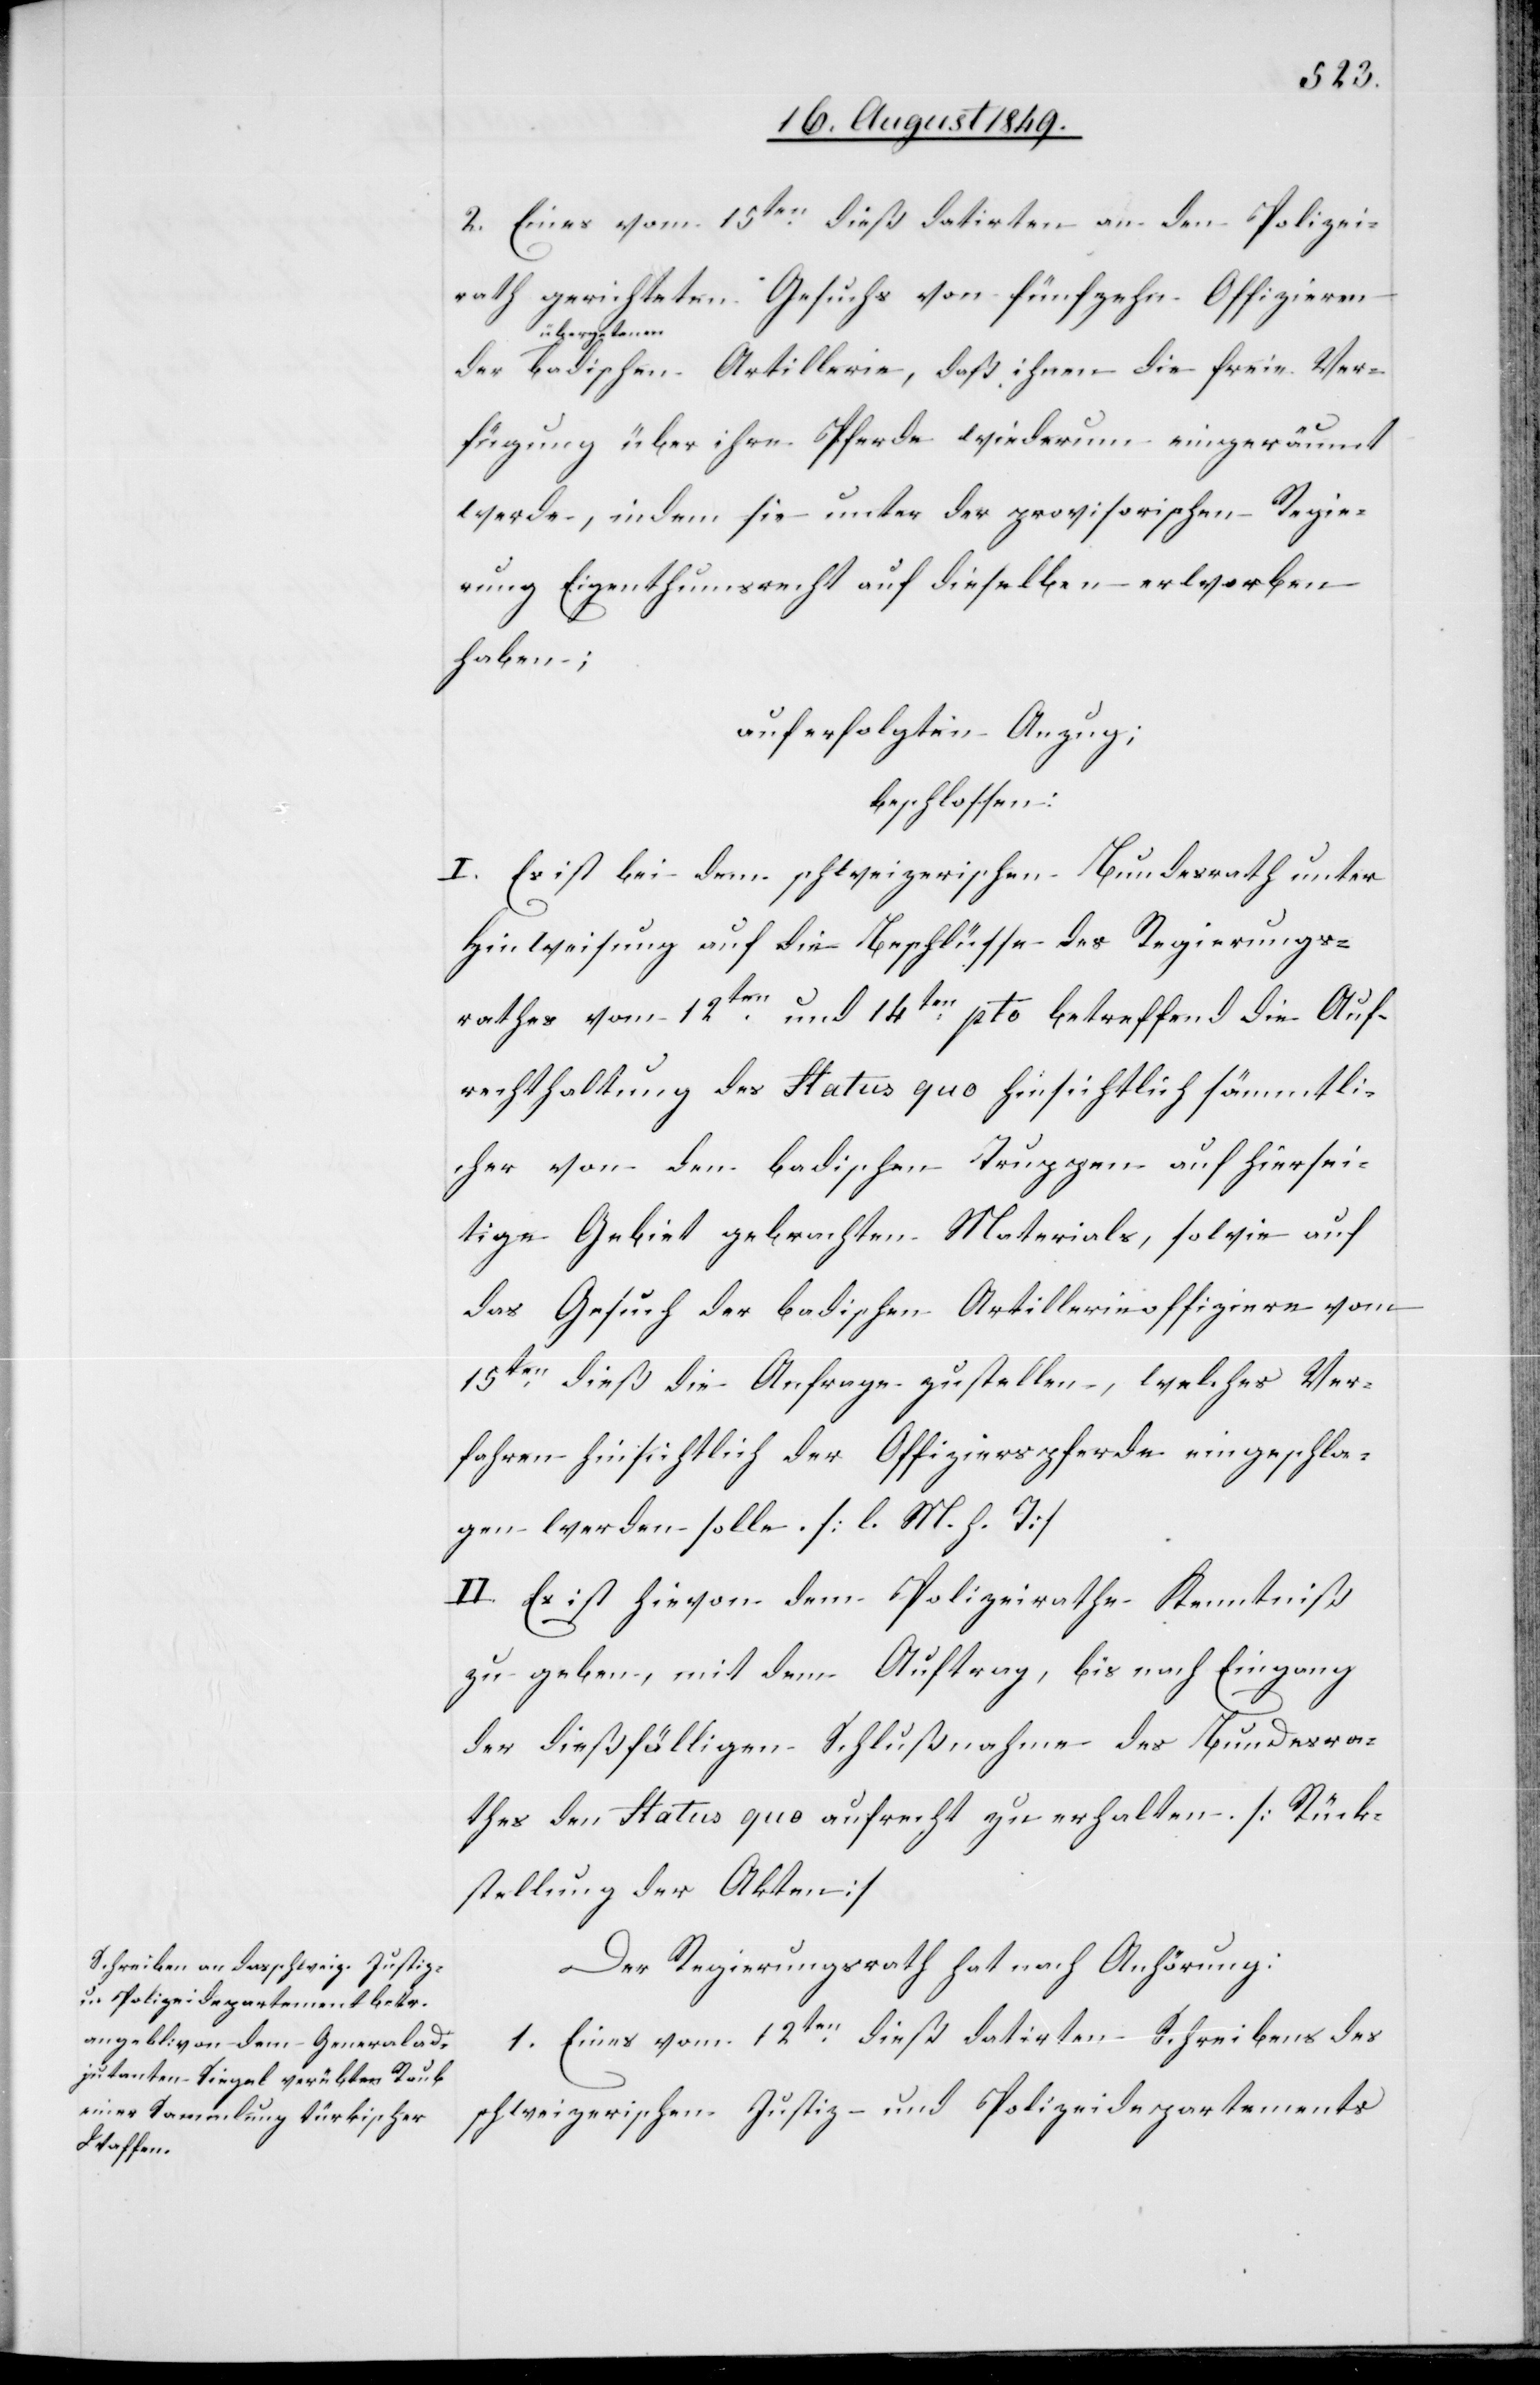
2. Eines vom 15ten dieß datirten an den Polizei¬
rath gerichteten Gesuchs von fünfzehn Offizieren
a-übergetane¬
n-a badischen Artillerie, daß ihnen die freie Ver¬
fügung über ihre Pferde wiederum eingeräumt
werde, indem sie unter der provisorischen Regie¬
rung Eigenthumsrecht auf dieselben erworben
haben;
auf erfolgten Anzug;
beschlossen:
I. Es ist bei dem schweizerischen Bundesrath unter
Hinweisung auf die Beschlüsse des Regierungs¬
rathes vom 12ten und 14ten pto betreffend die Auf¬
rechterhaltung des Status quo hinsichtlich sämmtli¬
cher von den badischen Truppen auf hierseitige
[sic!] Gebiet gebrachten Materials, sowie auf
das Gesuch der badischen Artillerieoffiziere vom
15ten dieß die Anfrage zu stellen, welches Ver¬
fahren hinsichtlich der Offizierspferde eingeschla¬
gen werden solle. [l. M. h. T]
II. Es ist hievon dem Polizeirathe Kenntniß
zu geben, mit dem Auftrag, bis nach Eingang
der dießfälligen Schlußnahme des Bundesra¬
thes den Status quo aufrecht zu erhalten. [Rück¬
stellung der Akten]
Der Regierungsrath hat nach Anhörung:
1. Eines vom 12ten dieß datirten Schreibens des
schweizerischen Justiz- und Polizeidepartements